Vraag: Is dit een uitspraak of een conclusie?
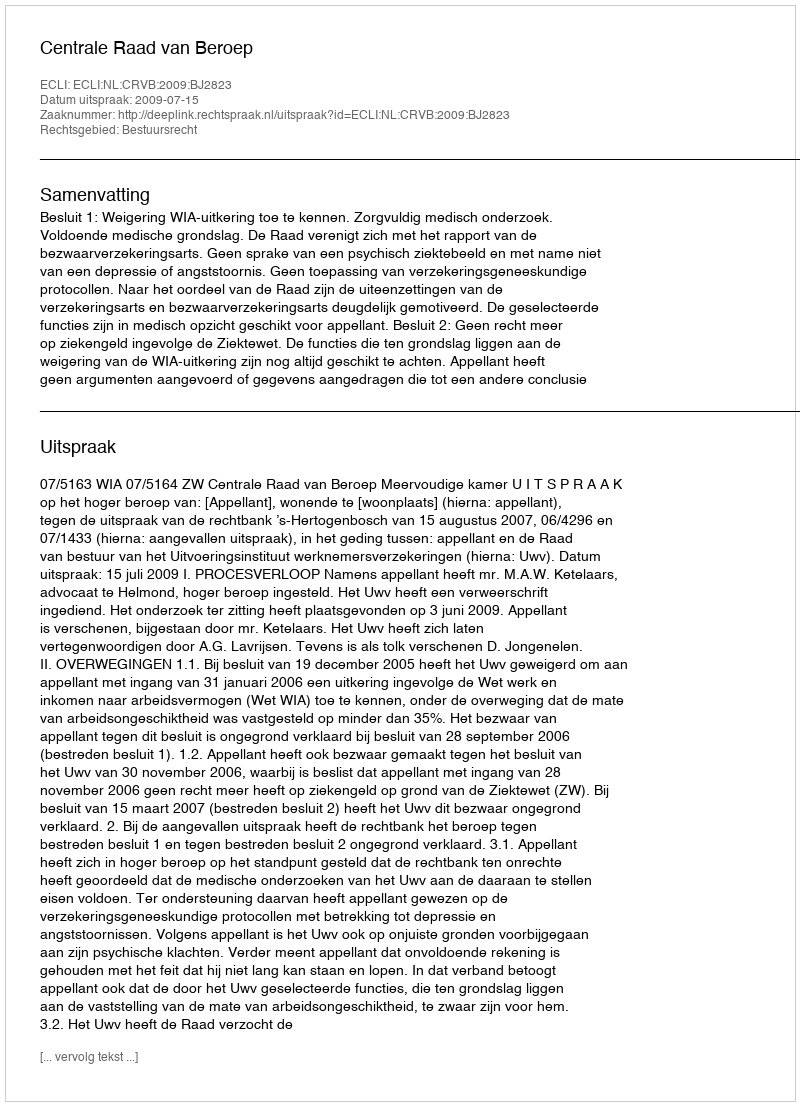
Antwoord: Uitspraak